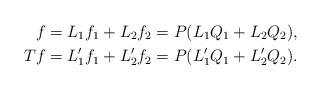
LaTeX: \begin{align*}f &= L_1f_1 + L_2 f_2 = P(L_1 Q_{1} + L_2 Q_{2}),\\Tf &= L_1'f_1 + L_2'f_2 = P(L_1' Q_{1} + L_2' Q_{2}).\end{align*}